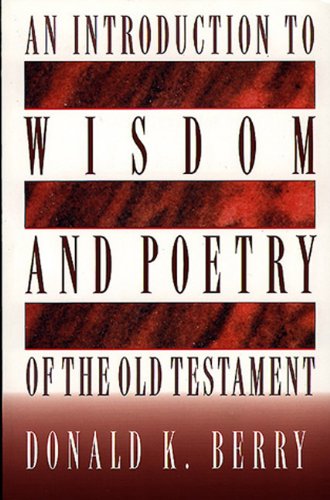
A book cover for An Introduction to Wisdom and Poetry of the Old Testament; Donald  K. Berry; Christian Books & Bibles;